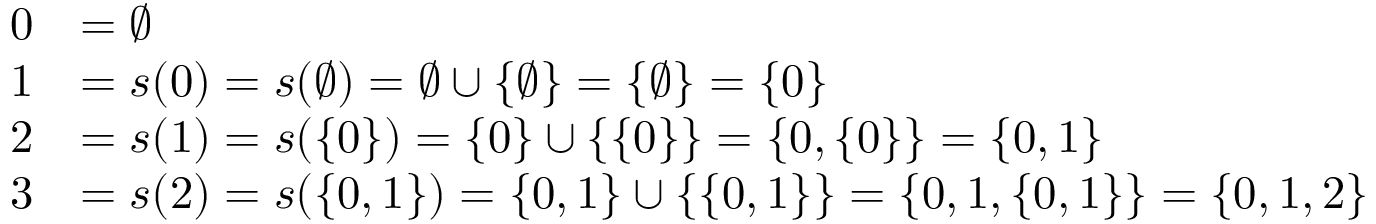
{ \begin{array} { r l } { 0 } & { = \emptyset } \\ { 1 } & { = s ( 0 ) = s ( \emptyset ) = \emptyset \cup \{ \emptyset \} = \{ \emptyset \} = \{ 0 \} } \\ { 2 } & { = s ( 1 ) = s ( \{ 0 \} ) = \{ 0 \} \cup \{ \{ 0 \} \} = \{ 0 , \{ 0 \} \} = \{ 0 , 1 \} } \\ { 3 } & { = s ( 2 ) = s ( \{ 0 , 1 \} ) = \{ 0 , 1 \} \cup \{ \{ 0 , 1 \} \} = \{ 0 , 1 , \{ 0 , 1 \} \} = \{ 0 , 1 , 2 \} } \end{array} }